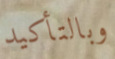
وبالتأكيد